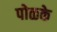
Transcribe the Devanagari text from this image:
पोळके